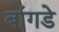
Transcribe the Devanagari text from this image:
बांगडे